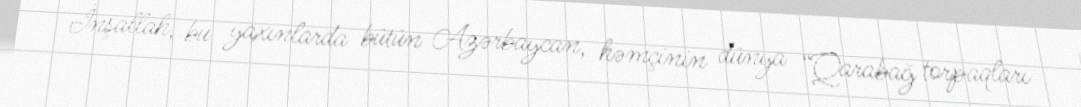
İnşallah, bu yaxınlarda bütün Azərbaycan, həmçinin dünya “Qarabağ torpaqları